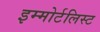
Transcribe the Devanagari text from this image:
इम्मोर्टलिस्ट